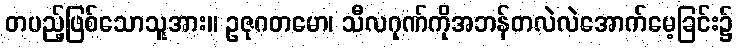
တပည့်ဖြစ်သောသူအား။ ဥဇုဂတမော၊ သီလဂုဏ်ကိုအဘန်တလဲလဲအောက်မေ့ခြင်း၌